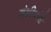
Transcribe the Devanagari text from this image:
वंशीयांचे